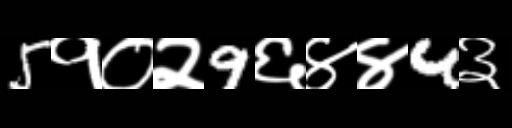
Text: 5१०२9६४४4३